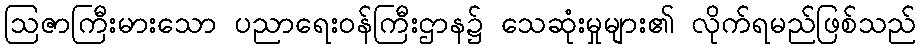
ဩဇာကြီးမားသော ပညာရေးဝန်ကြီးဌာန၌ သေဆုံးမှုများ၏ လိုက်ရမည်ဖြစ်သည်